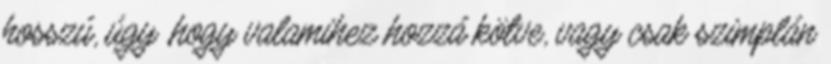
hosszú, úgy ,hogy valamihez hozzá kötve, vagy csak szimplán